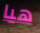
هيا